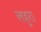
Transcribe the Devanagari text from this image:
लहुरा